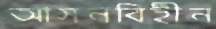
আসনবিহীন